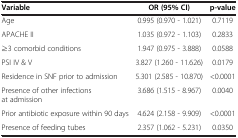
| Variable | OR (95% CI) | p-value |
 | --- | --- | --- |
 | Age | 0.995 (0.970 - 1.021) | 0.7119 |
 | APACHE II | 1.035 (0.972 - 1.103) | 0.2833 |
 | ≥3 comorbid conditions | 1.947 (0.975 - 3.888) | 0.0588 |
 | PSI IV & V | 3.827 (1.260 - 11.626) | 0.0179 |
 | Residence in SNF prior to admission | 5.301 (2.585 - 10.870) | <0.0001 |
 | Presence of other infections at admission | 3.686 (1.515 - 8.967) | 0.0040 |
 | Prior antibiotic exposure within 90 days | 4.624 (2.158 - 9.909) | <0.0001 |
 | Presence of feeding tubes | 2.357 (1.062 - 5.231) | 0.0350 |